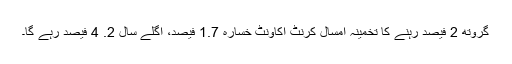
گروتھ 2 فیصد رہنے کا تخمینہ امسال کرنٹ اکاونٹ خسارہ 1.7 فیصد، اگلے سال 2. 4 فیصد رہے گا۔